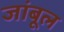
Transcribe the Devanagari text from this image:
जांबूल